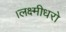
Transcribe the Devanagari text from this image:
।लक्ष्मीधरो